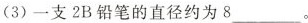
(3)一支2B铅笔的直径约为8___。